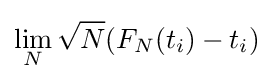
\lim _{N}{\sqrt {N}}(F_{N}(t_{i})-t_{i})